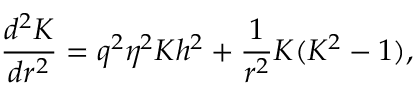
{ \frac { d ^ { 2 } K } { d r ^ { 2 } } } = q ^ { 2 } \eta ^ { 2 } K h ^ { 2 } + { \frac { 1 } { r ^ { 2 } } } K ( K ^ { 2 } - 1 ) ,